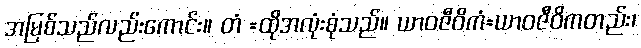
အမြစ်သည်လည်းကောင်း။ တံ =ထိုအလုံးစုံသည်။ ယာဝဇီဝိကံ=ယာဝဇီဝိကတည်း၊